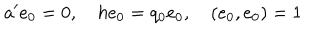
LaTeX: a ^ { \prime } e _ { 0 } = 0 , \quad h e _ { 0 } = q _ { 0 } e _ { 0 } , \quad ( e _ { 0 } , e _ { 0 } ) = 1